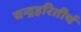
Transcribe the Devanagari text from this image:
चन्द्रहरितीर्थ